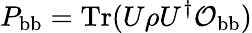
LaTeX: P_{\mathrm{bb}}=\mathrm{Tr}(U\rho U^{\dagger}\mathcal{O}_{\mathrm{bb}})